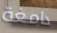
دامغة